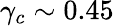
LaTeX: \gamma_{c}\sim 0.45